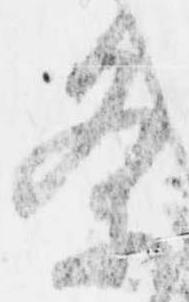
条